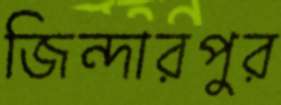
জিন্দারপুর